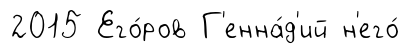
2015 Его́ров Г'енна́д'ий н'его́